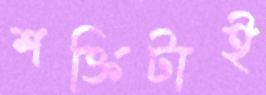
শক্তিটাই